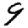
Digit: 9